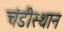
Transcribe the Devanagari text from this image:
चंडीस्थान